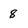
Character: 8